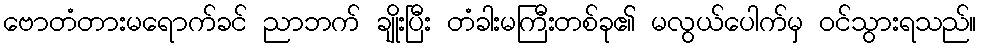
ဗောတံတားမရောက်ခင် ညာဘက် ချိုးပြီး တံခါးမကြီးတစ်ခု၏ မလွယ်ပေါက်မှ ဝင်သွားရသည်။